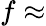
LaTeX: f\approx